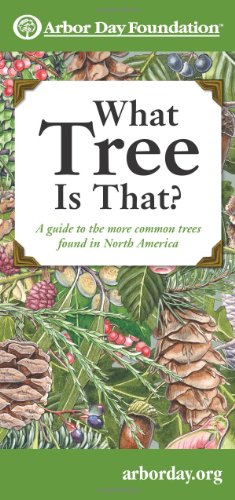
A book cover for What Tree Is That?: A Guide to the More Common Trees Found in North America (Mom's Choice Awards Recipient); Arbor Day Foundation; Science & Math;